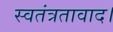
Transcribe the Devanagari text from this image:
स्वतंत्रतावाद।